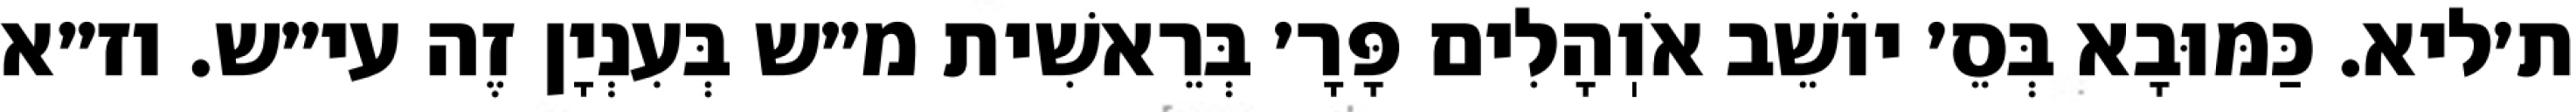
ת׳ליא. כַּמּוּבָא בְּסֵ׳ יוֹשֵׁב אֹוֽהָלִים פָּרָ׳ בְּרֵאשִׁית מ״ש בְּעִנְיָן זֶה עי״ש. וז״א